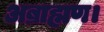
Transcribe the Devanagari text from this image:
अब्राह्मण।